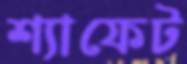
শ্যাফেট